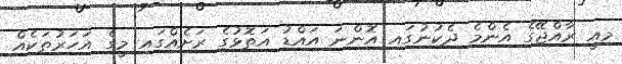
މިއީ ރާއްޖޭގެ އެންމެ ދެކުނުގައި އޮންނަ އައްޑު އަތޮޅުގެ ރަށެއްގައި މީގެ އަހަރުތަކެއް